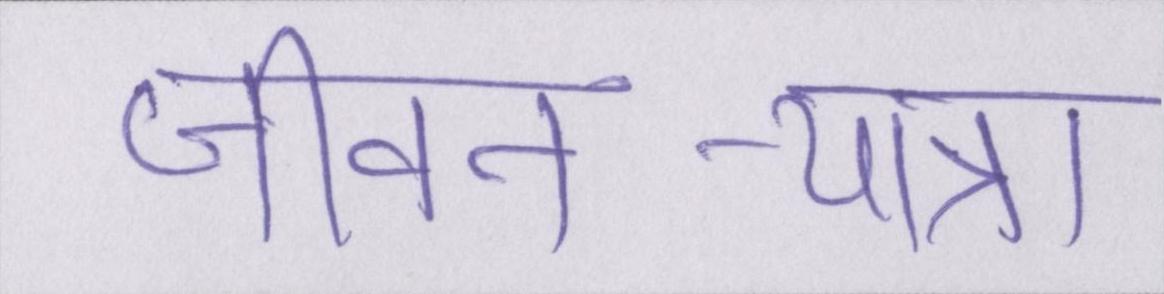
जीवन-यात्रा